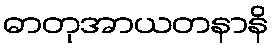
ဓာတုအာယတနာနိ